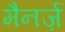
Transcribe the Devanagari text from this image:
मैनर्ज़